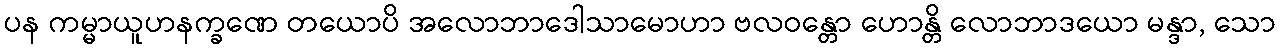
ပန ကမ္မာယူဟနက္ခဏေ တယောပိ အလောဘာဒေါသာမောဟာ ဗလဝန္တော ဟောန္တိ လောဘာဒယော မန္ဒာ, သော